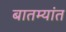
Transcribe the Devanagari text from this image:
बातम्‍यांत